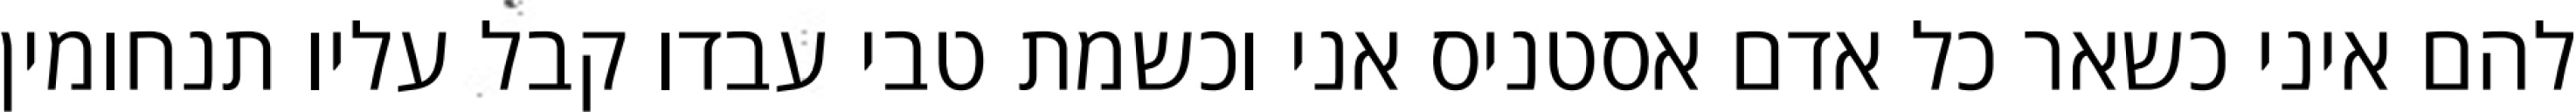
להם איני כשאר כל אדם אסטניס אני וכשמת טבי עבדו קבל עליו תנחומין